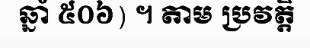
ឆ្នាំ ៥០៦) ។ តាម ប្រវត្តិ